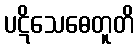
ပဋိသေဓေတူတိ